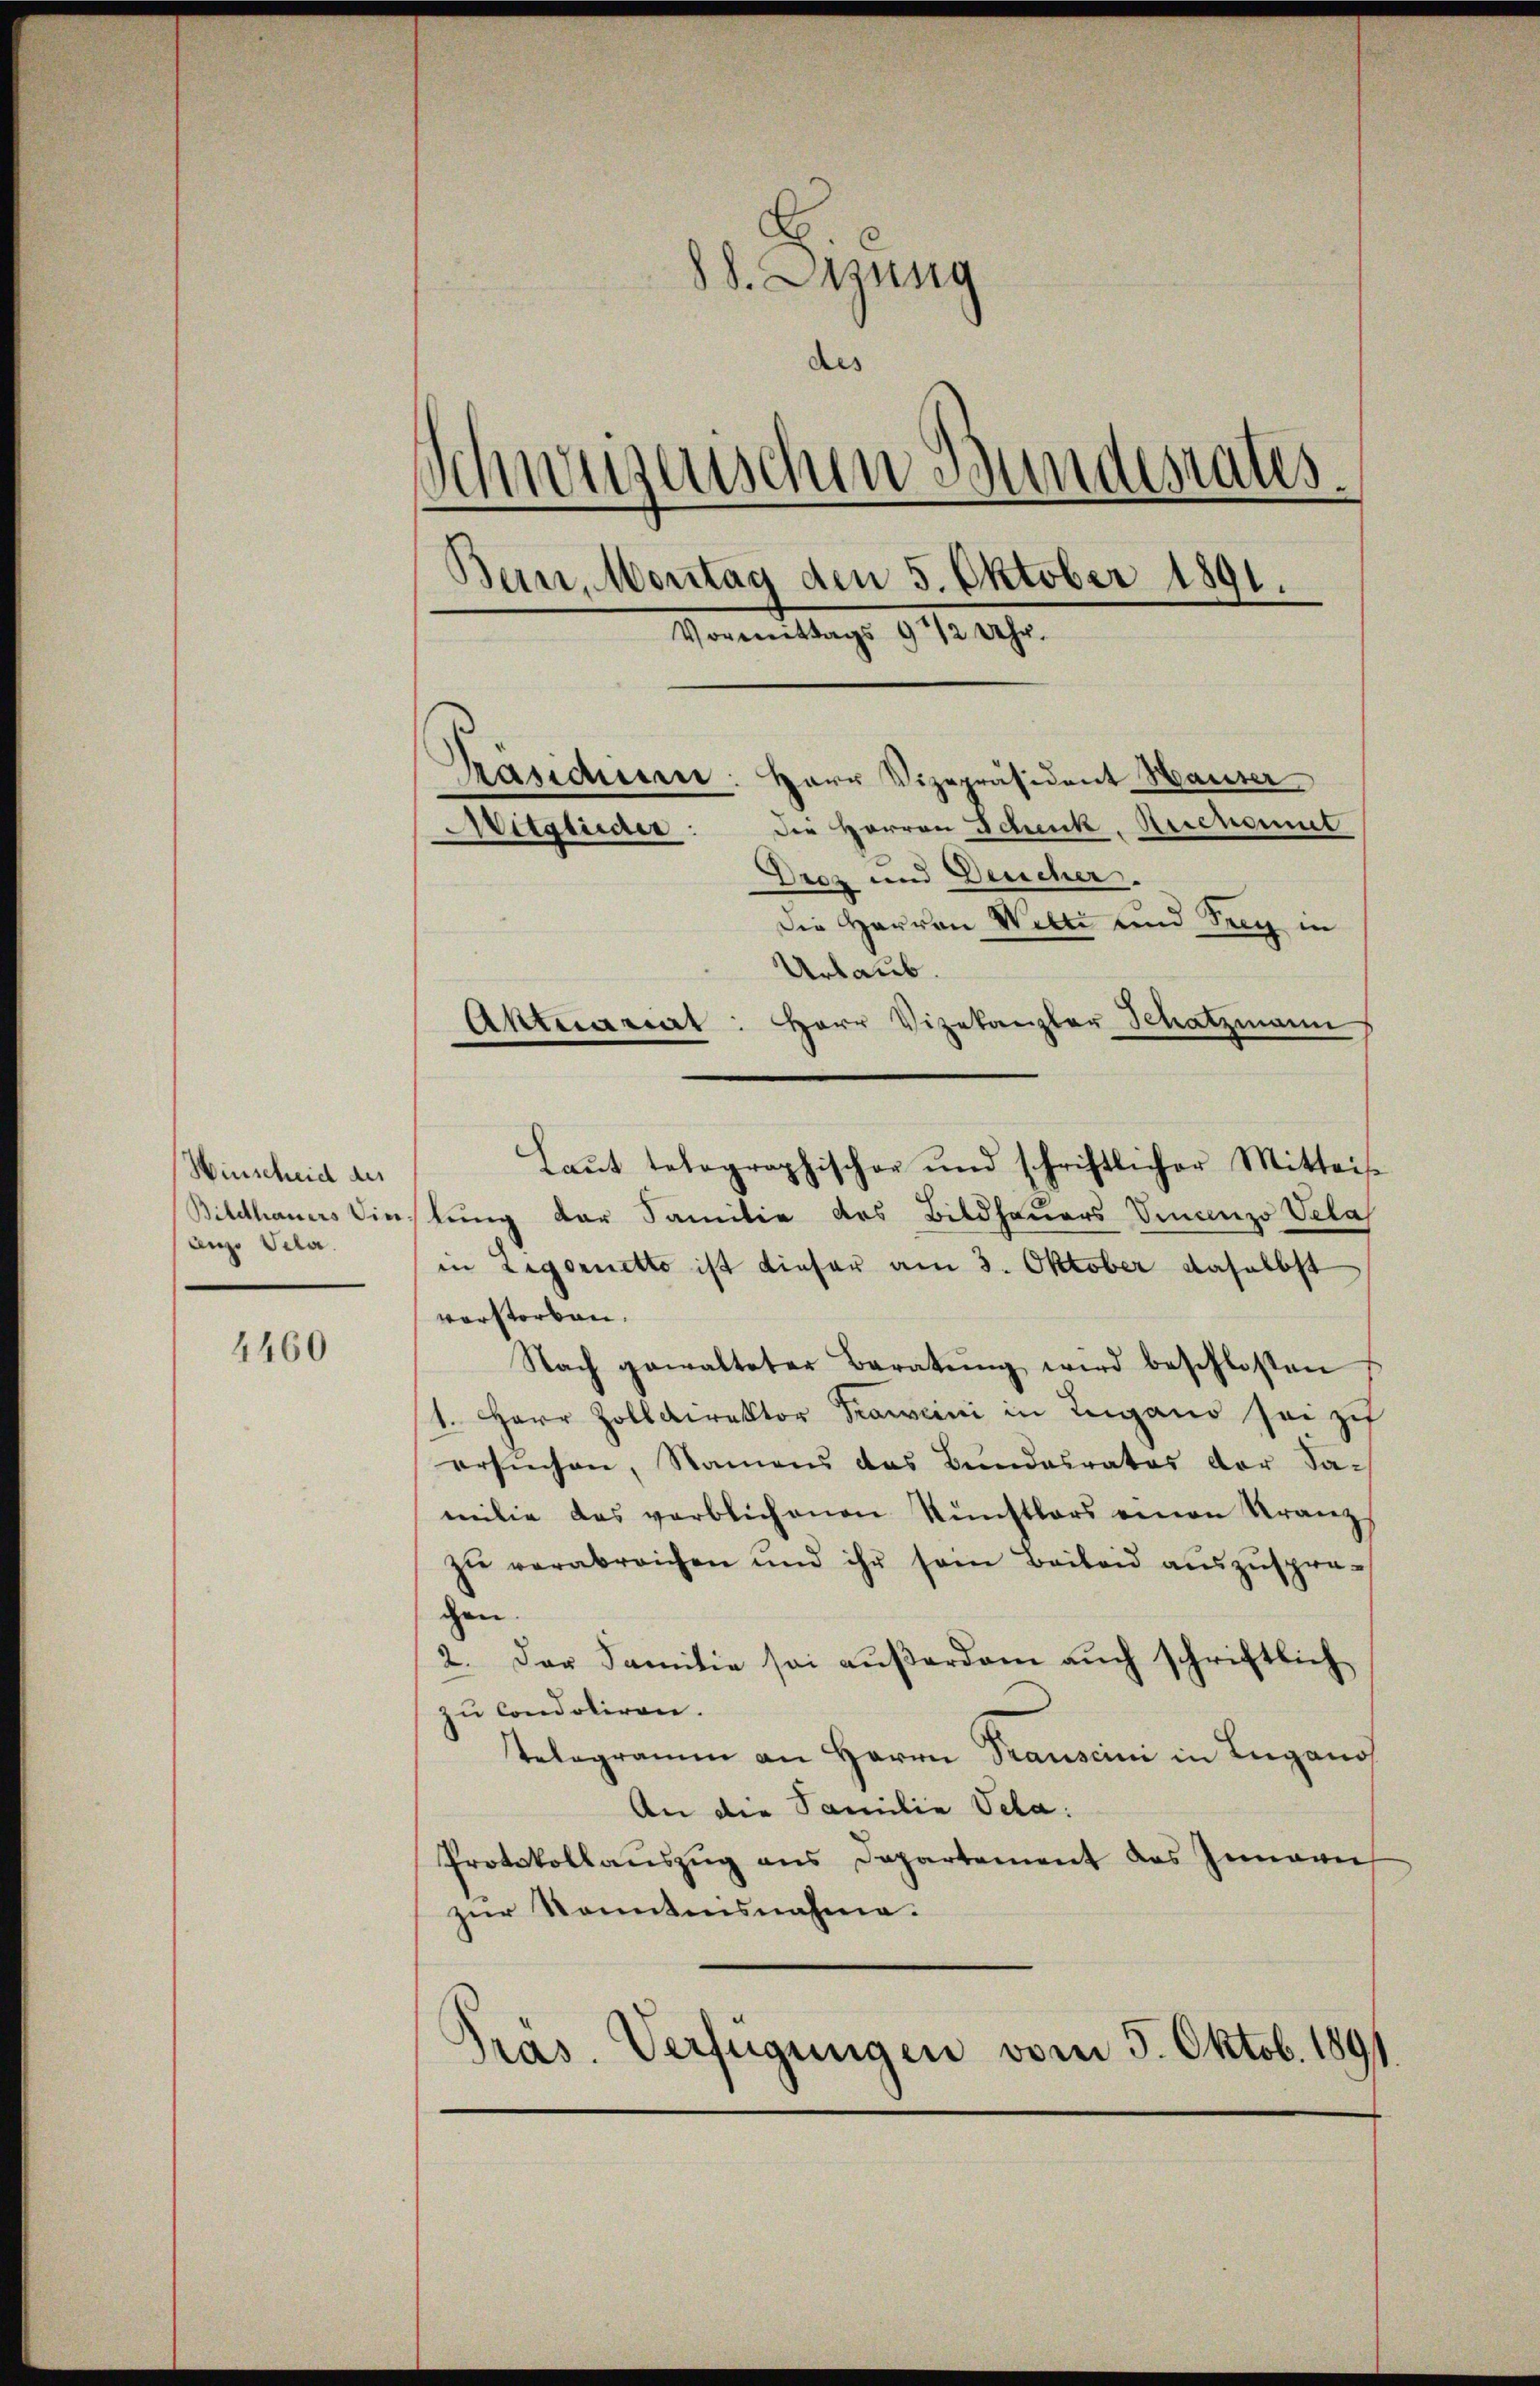
Hirscheid des
Bildhauers Vie
Lenze Velo.

4460

88. Sitzung
des
Schwyzerischen Bundesrates.
Bein, Montag den 5. Oktober 1891.
Vormittags 9 1/2 Uhr.

Mitglieder

Aktuariat

Präsidien: Herr Vizepräsident Hauser
Die Herren Schenk. Aendeut
Drez und Deucher.
Die Herren Wilte und Sieg in
Urlaub
Herr Vizekanzler Schatzmann
Laŭt telographischer und schriftlicher Mitteise
tung der Familie des Bildhauers Vincenzo Velas
in Legorietto ist dieser am 3. Oktober daselbst
vorstorben.
Nach gewalteter Baratŭng wird beschlosen
1. Herr Zolldirektor Fraweini in Lugano sei zu
ersŭchen, Namens das Bŭndesrates der Sa-
milie das verblichenen Künstlers einen Kranz
zŭ verabreichen und ihr sein Beileid auszuspregen.
2. Der Familie sei aŭβerdam auch schriftlich
zu Condoliren.
Telegramm an Herrn Transcini in Lugano
An die Familie Vela:
Protokollaŭszŭg ans Departement des Innern
zur Sonntensnahme.
Pras. Verfügungen vom 5. Oktob. 1891